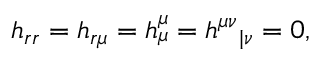
h _ { r r } = h _ { r \mu } = h _ { \mu } ^ { \mu } = h ^ { \mu \nu } { } _ { | \nu } = 0 ,